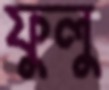
ফুলু